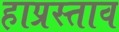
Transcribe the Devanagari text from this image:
हाप्रस्ताव